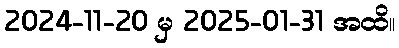
2024-11-20 မှ 2025-01-31 အထိ။